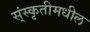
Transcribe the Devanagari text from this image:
स्ंस्कृतीमधील